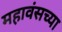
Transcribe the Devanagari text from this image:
महावंसच्या